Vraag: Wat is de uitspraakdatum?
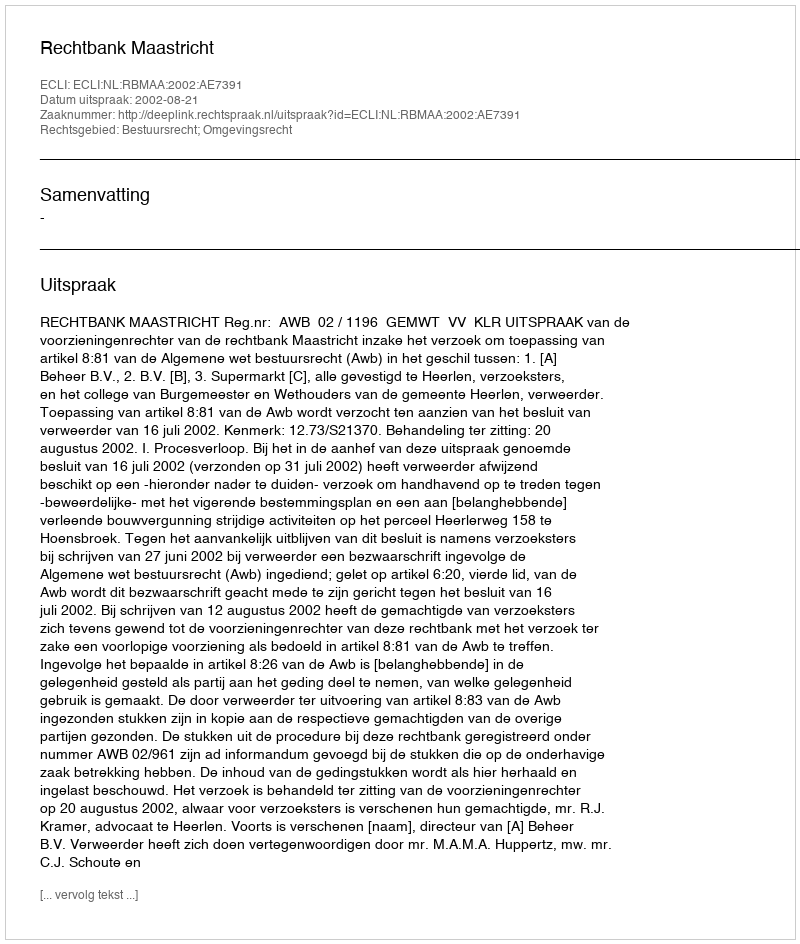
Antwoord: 2002-08-21